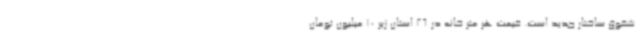
شقوق ساختار جدید است. قیمت هر متر خانه در 26 استان زیر 10 میلیون تومان